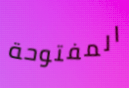
المفتوحة